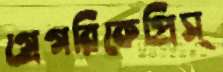
গ্রেগরিকেপ্রিস্